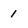
Character: 1